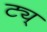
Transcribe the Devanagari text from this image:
ट्य्